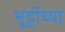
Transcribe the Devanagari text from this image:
भुट्टोंच्या